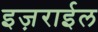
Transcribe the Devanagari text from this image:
इज़राईल